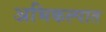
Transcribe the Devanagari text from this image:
अभिकल्पात